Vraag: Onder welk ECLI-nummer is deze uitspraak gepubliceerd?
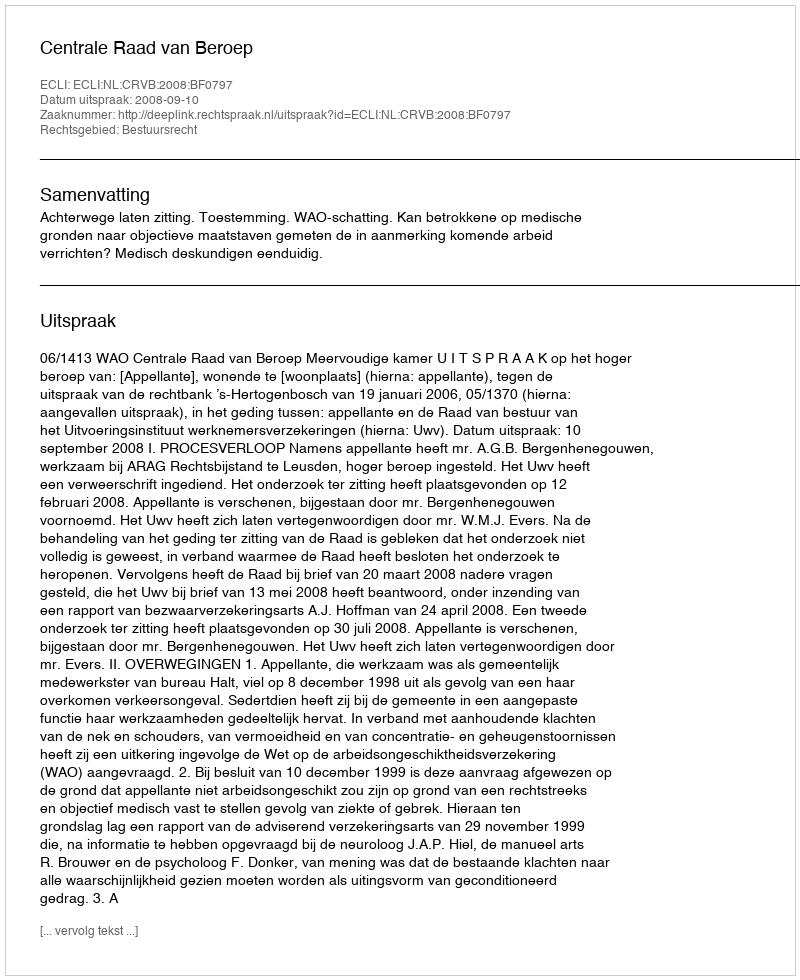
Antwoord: ECLI:NL:CRVB:2008:BF0797